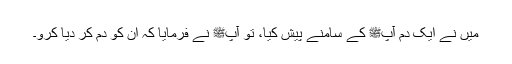
میں نے ایک دم آپﷺ کے سامنے پیش کیا، تو آپﷺ نے فرمایا کہ ان کو دم کر دیا کرو۔